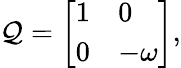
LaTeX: \mathcal{Q}={\left[\begin{array}{ll}{1}&{0}\\ {0}&{-\omega}\end{array}\right]},